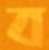
ব